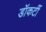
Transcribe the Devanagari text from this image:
डॉकर्टी